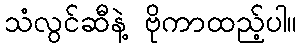
သံလွင်ဆီနဲ့ ဗိုကာထည့်ပါ။